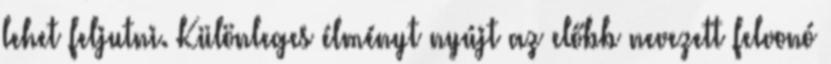
lehet feljutni. Különleges élményt nyújt az előbb nevezett felvonó